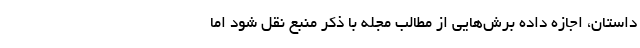
داستان، اجازه داده بُرش‌هایی از مطالب مجله با ذکر منبع نقل شود اما